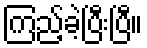
ကြည့်ခဲ့ပြီးပြီ။